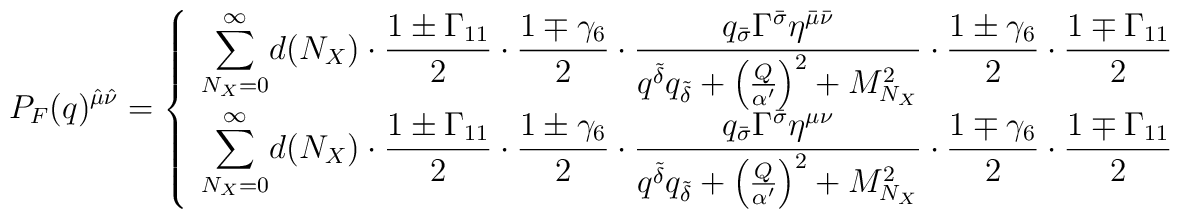
P_F(q)^{{\hat \mu}{\hat \nu}} = \left\{ \begin{array}{l}  \displaystyle{\sum_{N_X=0}^\infty} d(N_X) \cdot   {{1 \pm \Gamma_{11}} \over 2} \cdot   {{1 \mp \gamma_6} \over 2} \cdot  {{q_{\bar \sigma} \Gamma^{\bar \sigma} \eta^{{\bar \mu}{\bar \nu}}}   \over   {   q^{\tilde \delta} q_{\tilde \delta}   + \left( {Q \over {\alpha'}} \right)^2 + M_{N_X}^2   }} \cdot   {{1 \pm \gamma_6} \over 2} \cdot   {{1 \mp \Gamma_{11}} \over 2} \\  \displaystyle{\sum_{N_X=0}^\infty} d(N_X) \cdot   {{1 \pm \Gamma_{11}} \over 2} \cdot   {{1 \pm \gamma_6} \over 2} \cdot  {{q_{\bar \sigma} \Gamma^{\bar \sigma} \eta^{{\mu}{\nu}}}   \over   {   q^{\tilde \delta} q_{\tilde \delta}   + \left( {Q \over {\alpha'}} \right)^2 + M_{N_X}^2   }} \cdot   {{1 \mp \gamma_6} \over 2} \cdot   {{1 \mp \Gamma_{11}} \over 2} \end{array} \right.